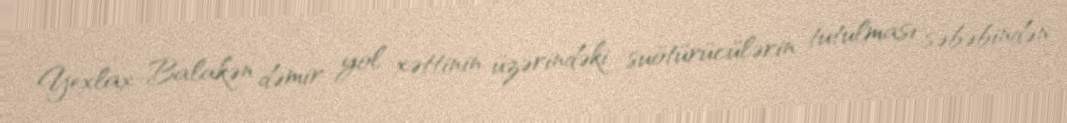
Yexlax-Balakən dəmir yol xəttinin üzərindəki suötürücülərin tutulması səbəbindən